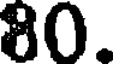
80.